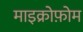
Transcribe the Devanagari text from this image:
माइक्रोफ़ोम